Medical and sanitary report of the native army of Madras for the year
Year: 1878
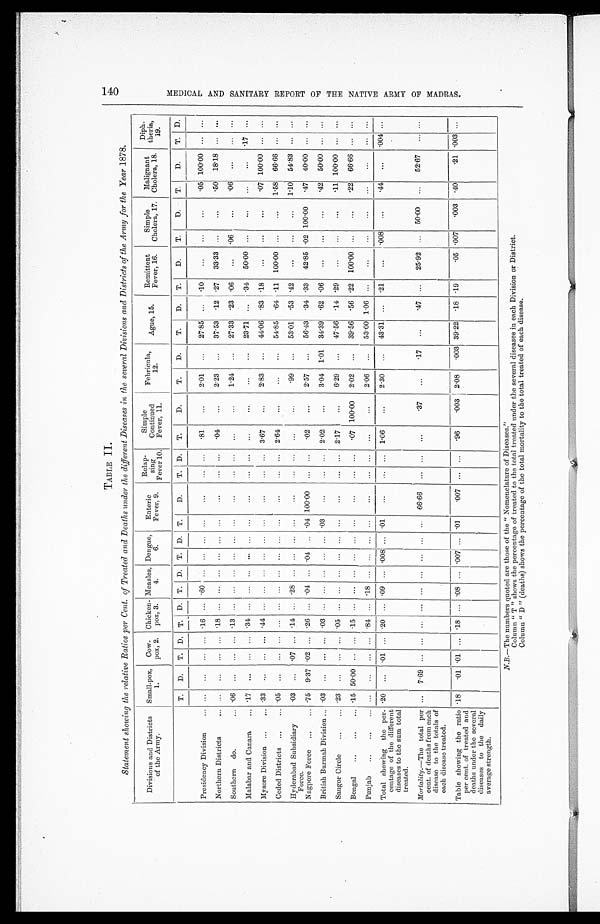
TABLE II.
Statement showing the relative Ratios per Cent of Treated and Deaths under the different Diseases in the several Divisions and Districts of the Army for the Year 1878.
Divisions and Districts
of the Army.
Small-pox,
1.
Cow-
pox, 2.
Chicken-
pox, 3.
Measles,
4.
Dengue,
6.
Enteric
Fever, 9.
Relap-
sing
Fever 10.
Simple
Continued
Fever , 11.
Febricula,
12.
Ague 15.
Remittent
Fever, 16.
Simple
Cholera, 17.
Malignant
Cholera, 18.
Diph-
theria
19.
T.
D.
T.
D.
T.
D.
T. D.
T.
D.
T.
D.
T.
D.
T.
D.
T.
D.
T.
D.
T.
D.
T.
D.
T.
D.
T.
D.
Presidency Division. . .
. . .
. . .
. . .
. . .
.16
. . . .60
. . .
. . . . . .
. . .
. . .
. . .
. . .
. 8 1
. . . 2.01
. . .
27.85
. . .
.10
. . . . . .
. . . .05 100.00
. . .
. . .
Northern Districts . . .
. . .
. . .
. . .
. . . .18
. . .. . .
. . .
. . . . . . . . .
. . .
. . .
. . .
. 0 4
. . . 2.23
. . .
37.53
.12
.27
33.33 . . .
. . . .50
18.18
. . .
. . .
Southern do. . . .
.06
. . .
. . .
. . . .13
. . .. . .
. . .
. . .. . .
. . .
. . .
. . .
. . .
. . .
. . . 1.24
. . .
27.33
.23 .06
. . . .06
. . .
.06
. . .
. . .
. . .
Malabar and Canara . . .
.17
. . .
. . .
. . .
.34
. . . . . .
. . .
. . . . . .
. . .
. . .
. . .
. . .
. . .
. . .
. . .
. . .
23.71
. . .
.34
50.00 . . .
. . .
. . .
. . .
.17 . . .
Mysore Division. . .
.33
. . .
. . .
. . .
.44
. . . . . .
. . .
. . . . . . . . .
. . .
. . .
. . .
3.67
. . . 2.83
. . .
44.06
.83
.18
. . . . . .
. . . .07 100.00
. . .
. . .
Ceded Districts . . .
.05
. . .
. . .
. . .
. . .
. . . . . .
. . .
. . . . . .
. . .
. . .
. . .
. . .
2.64
. . .
. . .
. . .
54.85
.64 .11
100.00 . . .
. . . 1.58
66.66
. . .
. . .
Hyderabad Subsidiary
Force.
.03
. . . .07
. . . .14
. . . .28
. . .
. . .. . .
. . .
. . .
. . .
. . .
. . .
. . .
.99
. . .
53.01
.53
.42
. . . . . .
. . . 1.10
54.83
. . .
. . .
Nagpore Force . . .
.75
9.37 .02
. . .
.26
. . . .04
. . .
.04
. . . .04 100.00
. . .
. . .
. 0 2
. . . 2.57
. . .
56.43
.34 .33
42.85 .02 100.00
. 4 7
40.00
. . .
. . .
British Burmah Division . . . .03
. . .
. . .
. . . .03
. . . . . .
. . .
. . . . . . .03
. . .
. . .
. . .
2.02
. . . 3.04
1.01
34.39
.62
.06
. . . . . .
. . . .42
50.00
. . .
. . .
Saugor Circle . . .
.23
. . .
. . .
. . . .05
. . .. . .
. . .
. . .. . .
. . .
. . .
. . .
. . .
2.17
. . .
6 . 2 9
. . .
47.56
. 1 4
. 2 9
. . .
. . .
. . .
.11 100.00
. . .
. . .
Bengal . . .
.15 50.00
. . .
. . .
.15
. . . . . .
. . .
. . .
. . .
. . .
. . .
. . .
. . .
.07 100.00
2.02
. . .
39.56
.56 .22
100.00
. . .
. . . .22
66.66
. . .
. . .
Punjab . . .
. . .
. . .
. . .
. . . .84
. . ..18
. . .
. . . . . . . . .
. . .
. . .
. . .
. . .
. . . 2.06
. . .
53.00 1.06
. . .
. . . . . .
. . .
. . .. . .
. . . . . .
Total showing the per-
centage of the different
diseases to the sum total
treated.
.20
. . .
.01
. . .
.20
. . . .09
. . .
.008 . . .
.01
. . .
. . .
. . .
1.06
. . . 2.30
. . .
43.31
. . .
.21
. . . .008
. . . .44
. . .
.004 . . .
Mortality.— The total per
cent. of deaths from each
disease to the totals of
each disease treated.
. . .
7.69
. . .
. . .
. . .
. . . . . .
. . .
. . .
. . .
. . .
66.66
. . .
. . .
. . .
. 3 7
. . .
.17
. . .
.47
. . .
25.92 . . .
50.00
. . .
52.67
. . . . . .
Table showing the ratio
per cent. of and
deaths under the several
diseases to the daily
average strength.
.18
. 0 1 .01
. . .
.18
. . .
.08
. . .
.007 . . . .01
. 0 0 7
. . .
. . .
.96
. 0 0 3 2.08
.003 39.22
.18 .19
.05 .007
. 0 0 3 .40
.21 .003 . . .
N.B .—The numbers quoted are those of the "Nomenclature of Diseases."
Column " T " shows the percentage of treated to the total treated under the several diseases in each Division or District.
Column " D " (deaths) shows the percentage of the total mortality to the total treated of each disease.
M E D I C A L A N D S A N I T A R Y R E P O R T A R M Y O F T H E N A T I V E A R M Y O F M A D R A S .